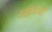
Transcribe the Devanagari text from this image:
सहित्याची